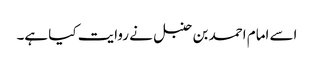
اسے امام احمد بن حنبل نے روایت کیا ہے۔